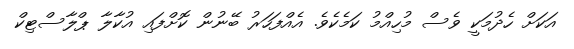
އަކަށް ހެދުމަކީ ވެސް މުހިއްމު ކަމެކެވެ. އެއްފަހަރު ބޭނުން ކޮށްފައި އުކާލާ ޕްލާސްޓިކް